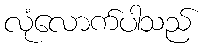
လုံလောက်ပါသည်